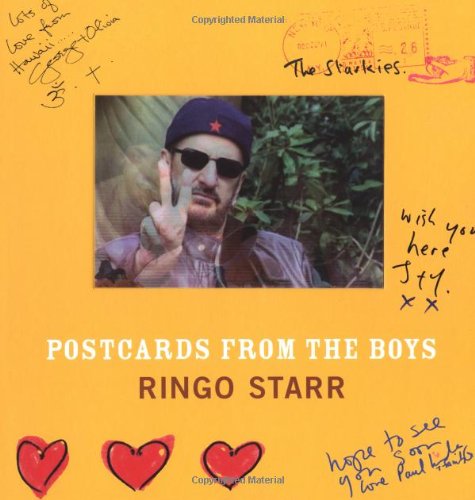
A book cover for Postcards from the Boys; Ringo Starr; Humor & Entertainment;